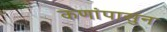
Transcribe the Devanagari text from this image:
कणांपासुन